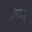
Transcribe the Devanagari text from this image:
त्स।